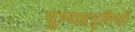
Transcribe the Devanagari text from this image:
पुण्यप्रवृतियाँ